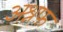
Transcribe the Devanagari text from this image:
अश्रफ़